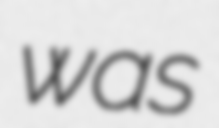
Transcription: was